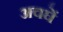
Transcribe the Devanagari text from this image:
अवघें